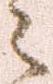
々